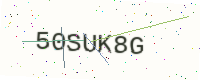
Text: 50SUK8G